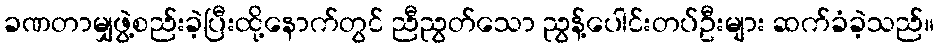
ခဏတာမျှဖွဲ့စည်းခဲ့ပြီးထို့နောက်တွင် ညီညွတ်သော ညွန့်ပေါင်းတပ်ဦးများ ဆက်ခံခဲ့သည်။